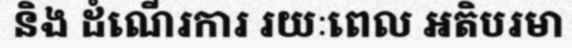
និង ដំណើរការ រយៈពេល អតិបរមា